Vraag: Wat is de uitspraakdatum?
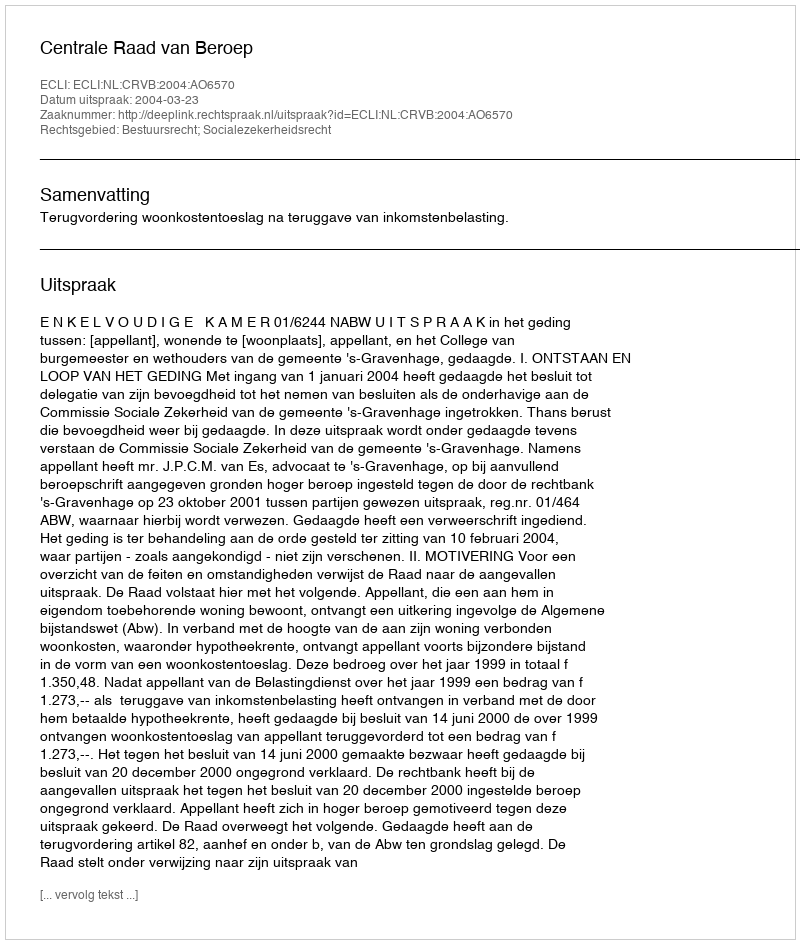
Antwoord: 2004-03-23